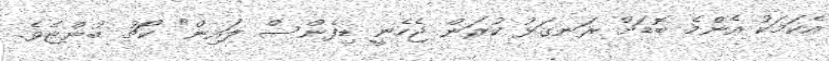
އެކަމަކު އެންމެ ބޮޑަށް ރަނގަޅު ކުރަން ޖެހެނީ ޑިފެންސް ލައިން" ކޯޗު ބުންޏެވެ.